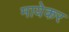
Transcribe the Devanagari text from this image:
मायेकर